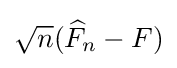
{\textstyle {\sqrt {n}}({\widehat {F}}_{n}-F)}